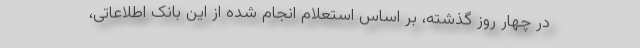
در چهار روز گذشته، بر اساس استعلام انجام شده از این بانک اطلاعاتی،